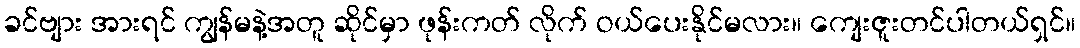
ခင်ဗျား အားရင် ကျွန်မနဲ့အတူ ဆိုင်မှာ ဖုန်းကတ် လိုက် ဝယ်ပေးနိုင်မလား။ ကျေးဇူးတင်ပါတယ်ရှင်။